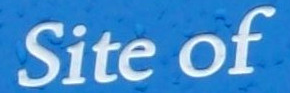
Site of